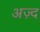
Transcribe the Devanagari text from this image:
अज़्द